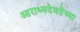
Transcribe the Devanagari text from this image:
आराध्यदेवतेच्या